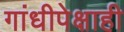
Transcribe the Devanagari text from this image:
गांधीपेक्षाही